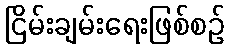
ငြိမ်းချမ်းရေးဖြစ်စဉ်